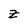
Character: z